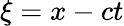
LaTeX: \xi=x-ct